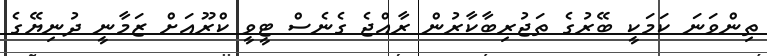
ތިންވަނަ ކަމަކީ ބޭރުގެ ތަޖުރިބާކާރުން ރާއްޖެ ގެނެސް ޓީވީ ކްރޫއަށް ޒަމާނީ ދުނިޔޭގެ